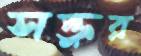
সক্তুর